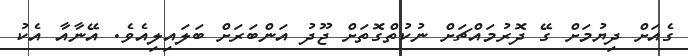
ގެއަށް ދިޔުމަށް ގޭ ދޮރުމައްޗަށް ނުކުތްގޮތަށް ޖޫދު އަންބަރަށް ބަލައިލިއެވެ. އޭނާއާ އެކު